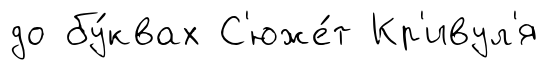
до бу́квах С'юже́т Кр'ивул'я